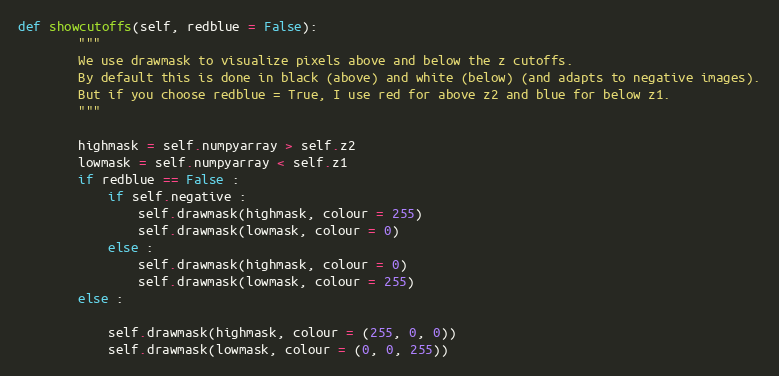
Language: Python
def showcutoffs(self, redblue = False):
        """
        We use drawmask to visualize pixels above and below the z cutoffs.
        By default this is done in black (above) and white (below) (and adapts to negative images).
        But if you choose redblue = True, I use red for above z2 and blue for below z1.
        """

        highmask = self.numpyarray > self.z2
        lowmask = self.numpyarray < self.z1
        if redblue == False :
            if self.negative :
                self.drawmask(highmask, colour = 255)
                self.drawmask(lowmask, colour = 0)
            else :
                self.drawmask(highmask, colour = 0)
                self.drawmask(lowmask, colour = 255)
        else :

            self.drawmask(highmask, colour = (255, 0, 0))
            self.drawmask(lowmask, colour = (0, 0, 255))